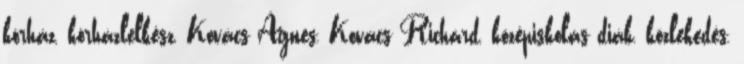
kórház, kórházlelkész, Kovács Ágnes, Kovács Richárd, középiskolás diák, közlekedés,